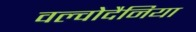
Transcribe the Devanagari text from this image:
वल्वोदैनिया